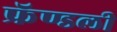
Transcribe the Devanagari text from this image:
फ्रॅण्डली